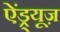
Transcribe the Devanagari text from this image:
ऐंड्र्यूज़